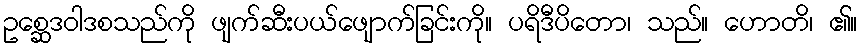
ဥစ္ဆေဒဝါဒစသည်ကို ဖျက်ဆီးပယ်ဖျောက်ခြင်းကို။ ပရိဒီပိတော၊ သည်။ ဟောတိ၊ ၏။